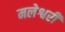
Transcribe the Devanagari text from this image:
मलेश्वरी